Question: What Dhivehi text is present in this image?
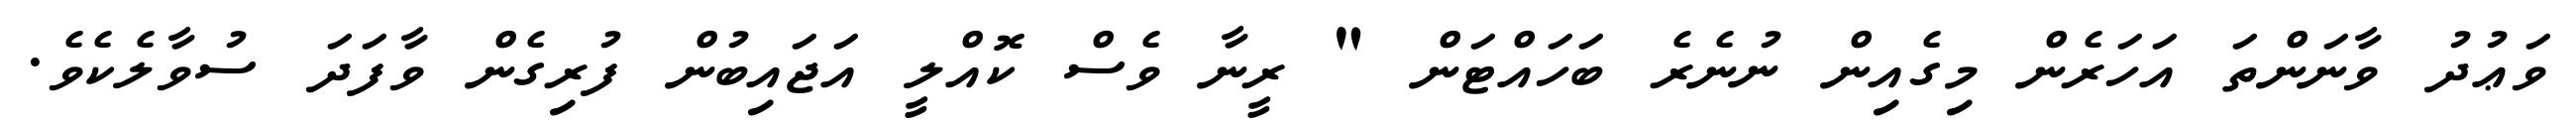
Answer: ވަޢުދު ވާނަންތަ އަހަރެން މިގެއިން ނުނެރެ ބަހައްޓަން " ރީނާ ވެސް ކޮއްލީ އަޖައިބުން ފުރިގެން ވާފަދަ ސުވާލެކެވެ.